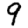
Digit: 9